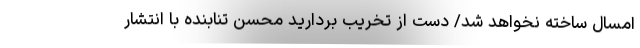
امسال ساخته نخواهد شد/ دست از تخریب بردارید محسن تنابنده با انتشار